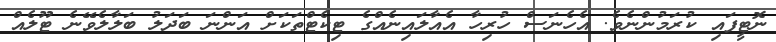
ނޮޓީފައި ކުރަމުންނެވެ. އެހެނަސް ހުރިހާ އެއާލައިނެއްގެ ޓިކެޓްތަކަށް އަންނަ ބަދަލު ބަލާލެވޭނެ ޓޫލެއް